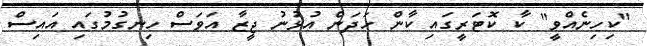
"ކިހިނެއްވީ" ކާ ކޮޓަރީގައި ކާން ހަދަން އުޅުނު ޖީޒާ އަވަސް ހިނގުމުގައި އައިސް